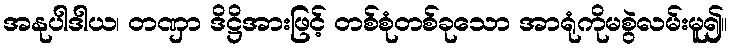
အနုပါဒါယ၊ တဏှာ ဒိဋ္ဌိအားဖြင့် တစ်စုံတစ်ခုသော အာရုံကိုမစွဲလမ်းမူ၍။